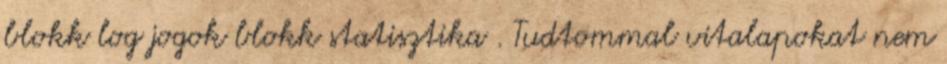
blokk log jogok blokk statisztika . Tudtommal vitalapokat nem